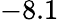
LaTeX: -8.1